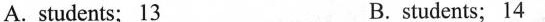
A.students; 13 B.students; 14